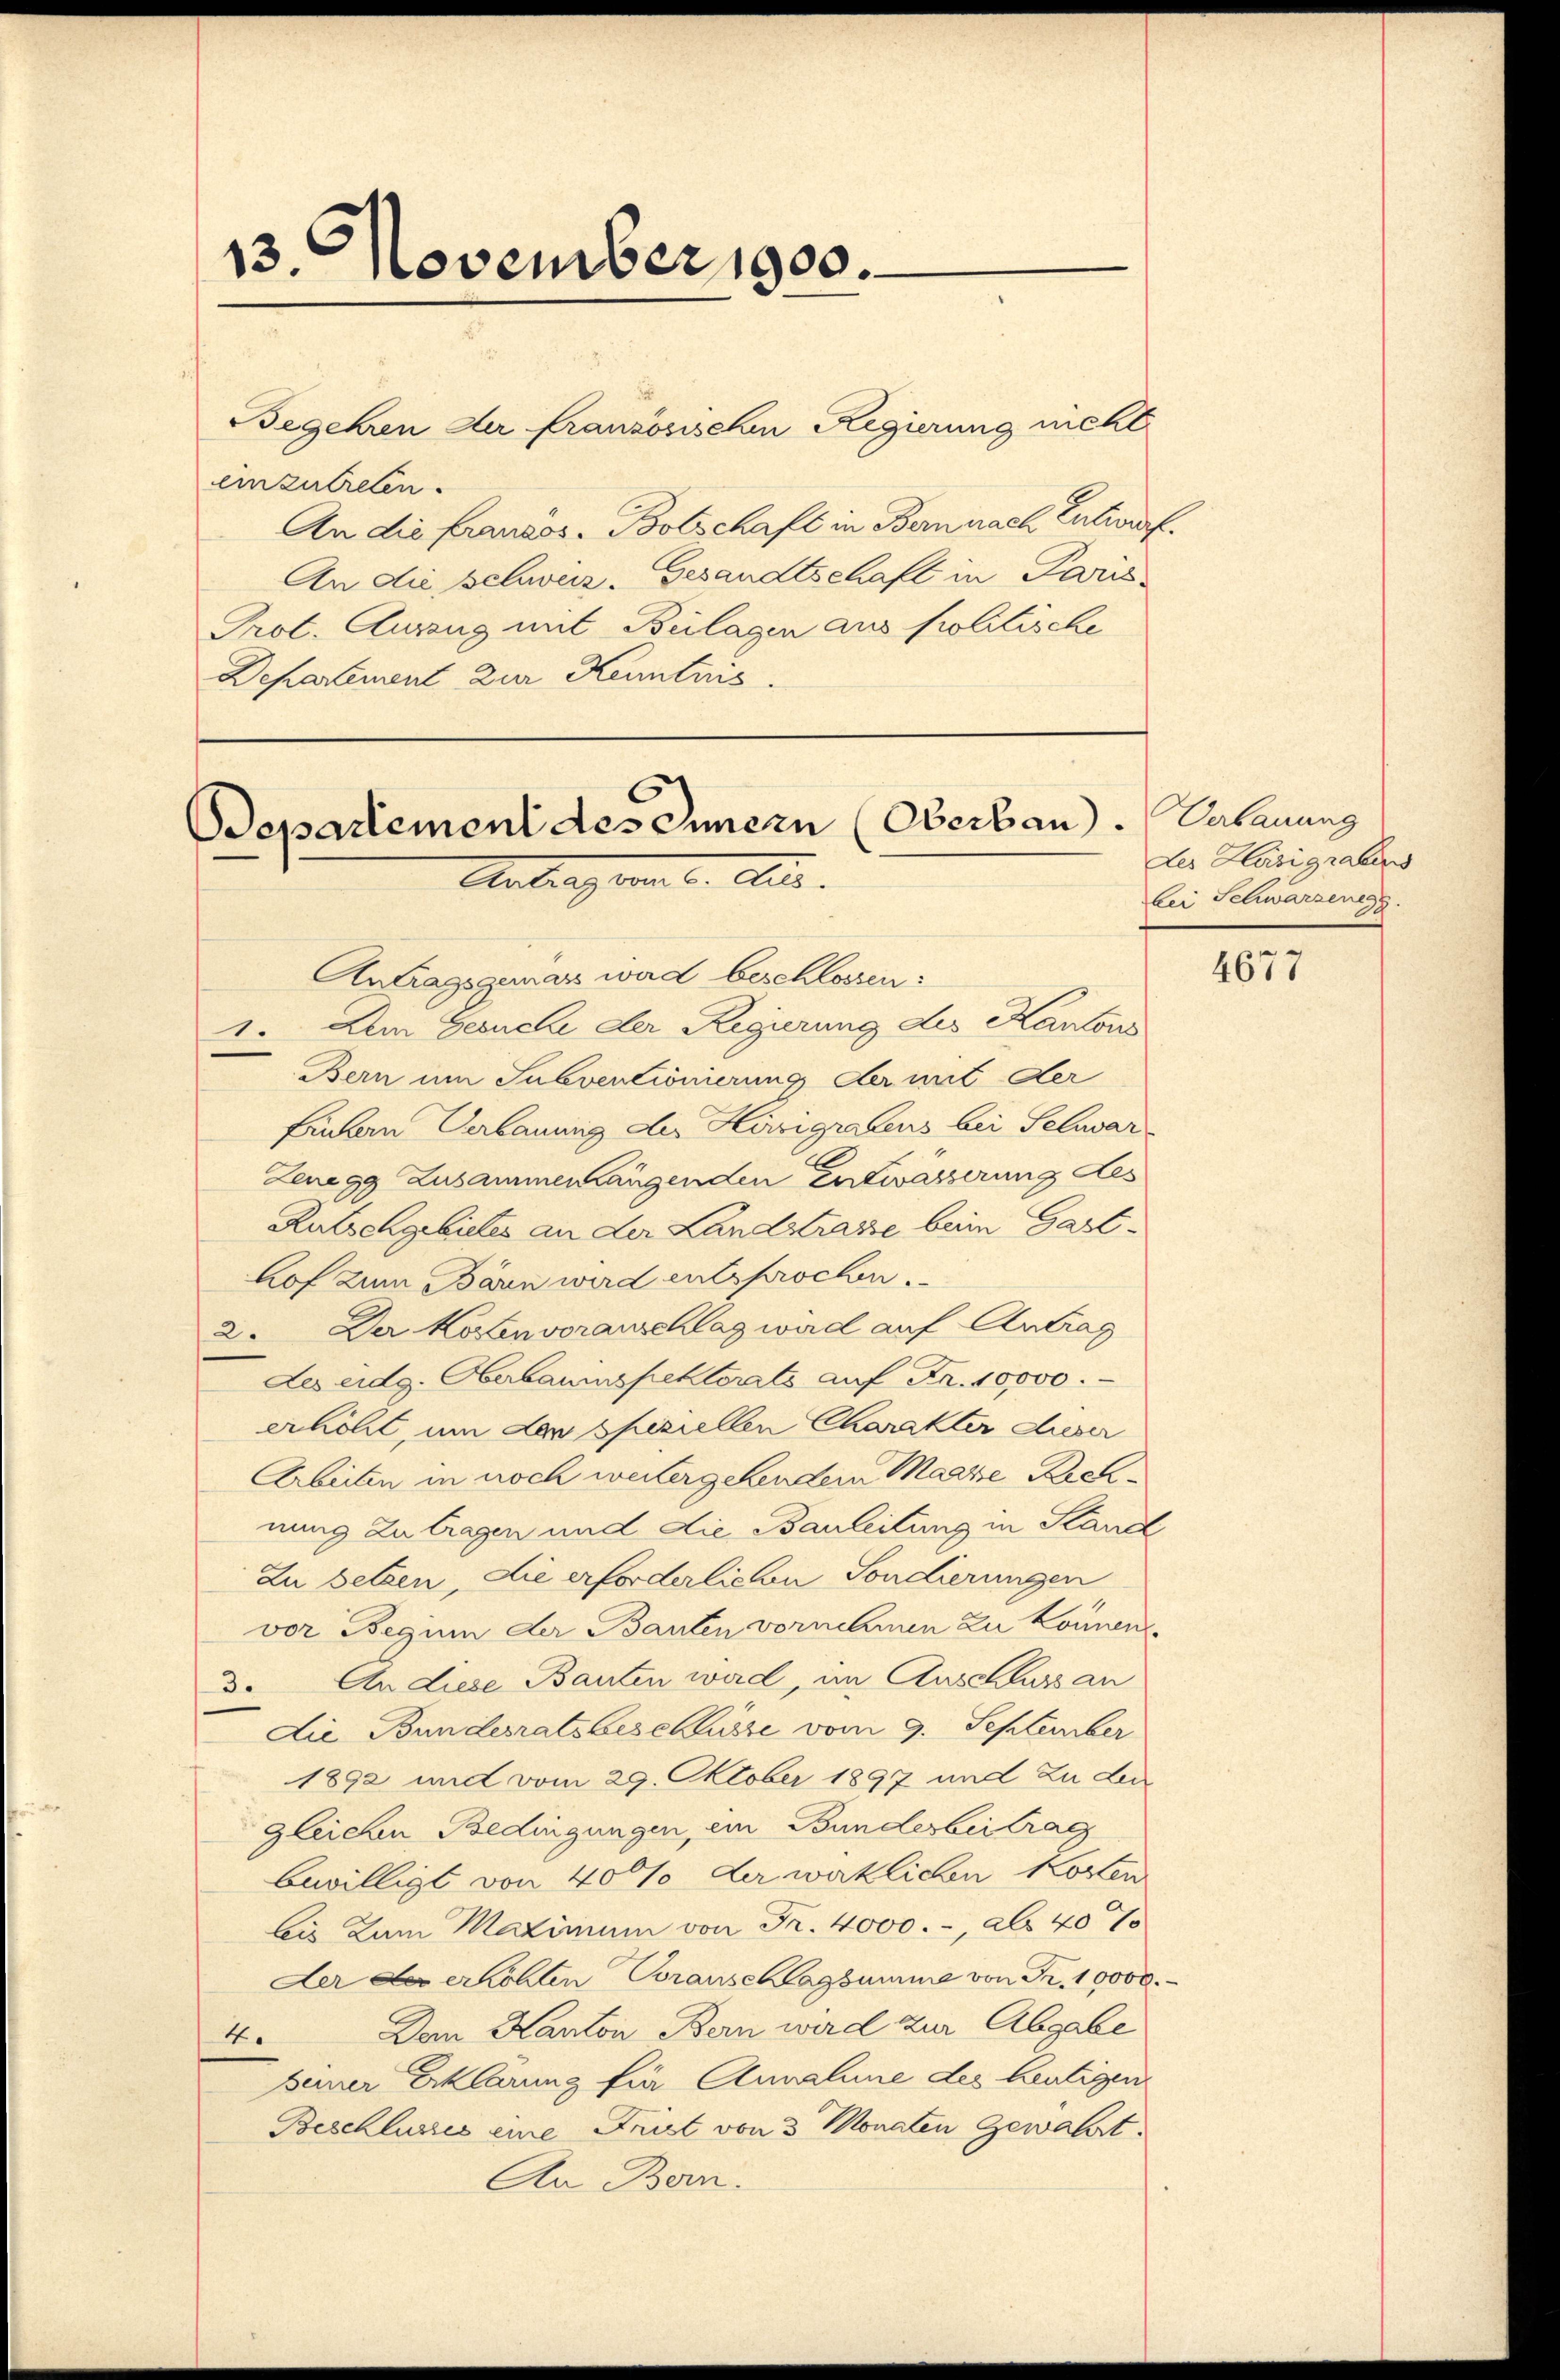
13 November 1900.

einzutreten.
An die franzos. Bolschaft in Bern nach Entwurf.
An die schweiz. Gesandtschaft in Paris¬
Prot. Auszug mit Beilagen aus politische
Departement zur Kenntnis.

Begehren der französischen Regierung nicht

Bepartement des Innern (Oberbau.
Antragung l. Er
Antragsgemass ward beschlossen:

1. Am Gesuche der Regierung des Kantons
Bern um Subventionierung der mit der
fruhen Verbauung der Königrabens bei Selvar¬
Zenegg Zusammenhängenden Entwässerung des
Rutschgebietes an der Landstrasse beim Gasthof zum Bären wird entsprochen.
2. Der Kostenvoranschlag wird auf Antrag
Les eidg. Oberbaumspektorats auf Fr. 10,000.
erhöht, um der speziellen Charakter dieser
Arbeiten in noch weitergehender Manze Richnung zu tragen und die Bauleitung in Kand
Zu setzen, die erforderlichen Sondierungen
vor Beginn der Bauten vornehmen zu können.
3. An diese Bauten wird, im Anschluss an
Die Bundesratsbeschlüsse vom 9. September
1892 und vom 29. Oktober 1897 und zu der
gleichen Bedingungen, ein Bundesbeitrag
bewilligt von 40% der wirklichen Kosten
bis zum Maximum von Fr. 4000.-, als 40%
Der der erhöhten Voranschlagsumme von Fr. 10000.
Den Kanton Bern wird zur Abgabe
4.
seiner Erklärung für Annahme des heutigen
Beschlusses eine Frist von 3 Monaten Gewahrt.
An Bern.

Verbauung
des Häsigrabens
bei Schwarzenegg

4677